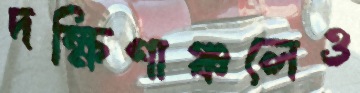
দক্ষিণাঞ্চলেও